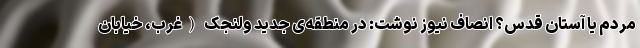
مردم یا آستان قدس؟ انصاف نیوز نوشت: در منطقه‌ی جدید ولنجک (غرب، خیابان